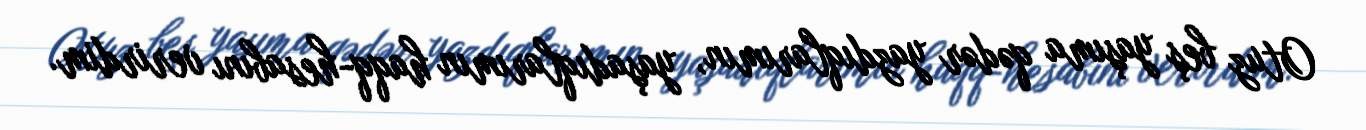
Otuz beş yaşıma qədər yazdıqlarımın, yaşadıqlarımın haqq-hesabını verirdim.